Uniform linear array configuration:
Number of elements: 24
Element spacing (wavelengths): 0.5
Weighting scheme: kaiser
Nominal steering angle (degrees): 15
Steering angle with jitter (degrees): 16.829
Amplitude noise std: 0.05
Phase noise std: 0.05

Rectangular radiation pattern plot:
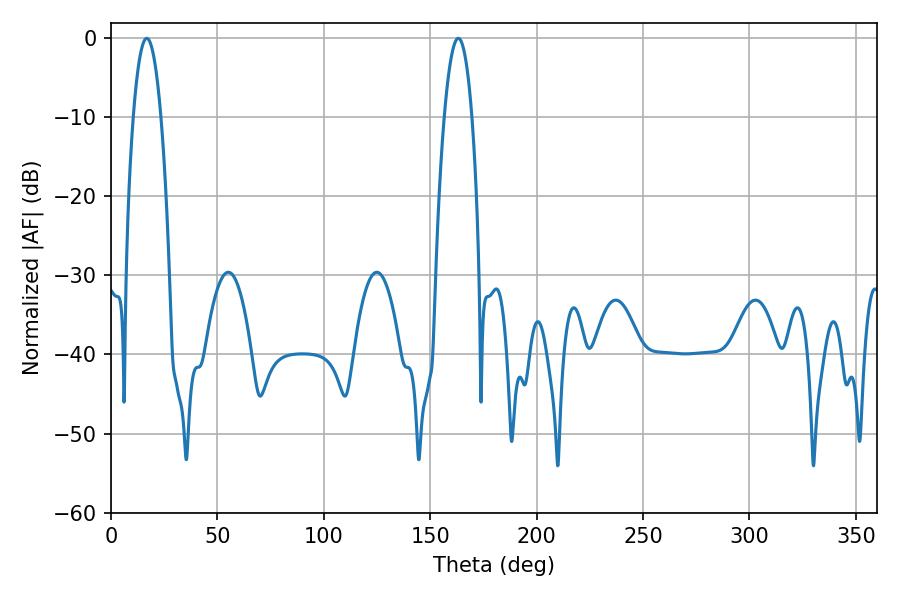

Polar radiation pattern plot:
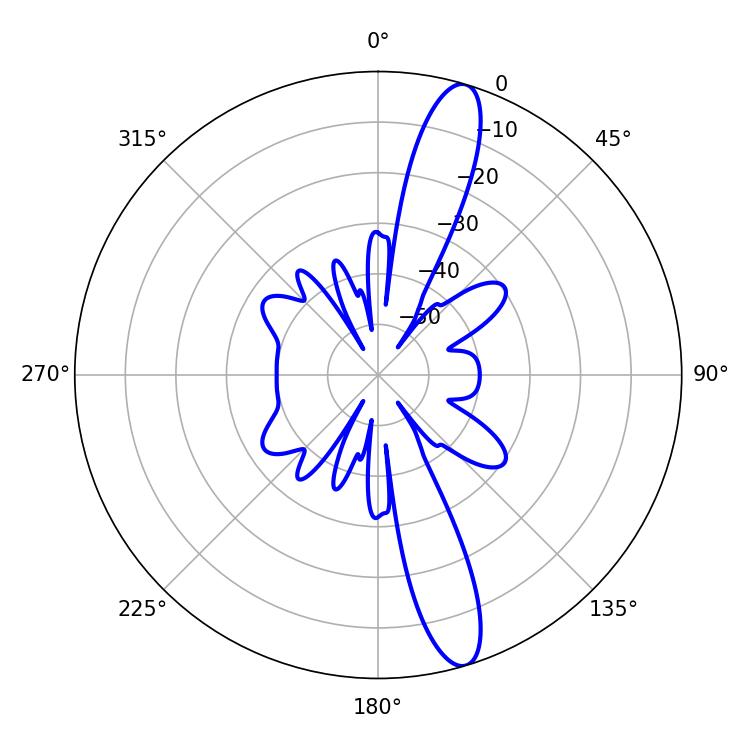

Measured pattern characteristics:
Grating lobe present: FALSE
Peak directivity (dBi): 14.074
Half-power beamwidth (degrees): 7.2
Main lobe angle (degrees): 16.74